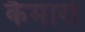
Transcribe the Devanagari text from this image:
कैमारो